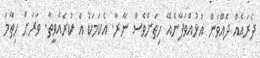
ދެރައެއް ދެއްވަން އުޅުއްވަފާނެއޭ ހިތަށްވެސް ނާރާ. އެކަމަކު އެ ކުރެއްވީތާ. ވަރަށް ހިތާމަ